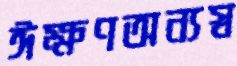
ঈক্ষণঅন্যস্ব